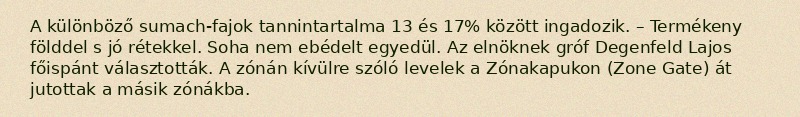
A különböző sumach-fajok tannintartalma 13 és 17% között ingadozik. – Termékeny földdel s jó rétekkel. Soha nem ebédelt egyedül. Az elnöknek gróf Degenfeld Lajos főispánt választották. A zónán kívülre szóló levelek a Zónakapukon (Zone Gate) át jutottak a másik zónákba.